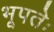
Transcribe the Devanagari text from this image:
भूपतेः